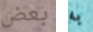
بعض به